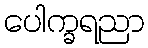
ပေါက္ခရညာ